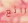
رائع